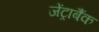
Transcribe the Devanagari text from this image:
जेंट्राबैंक